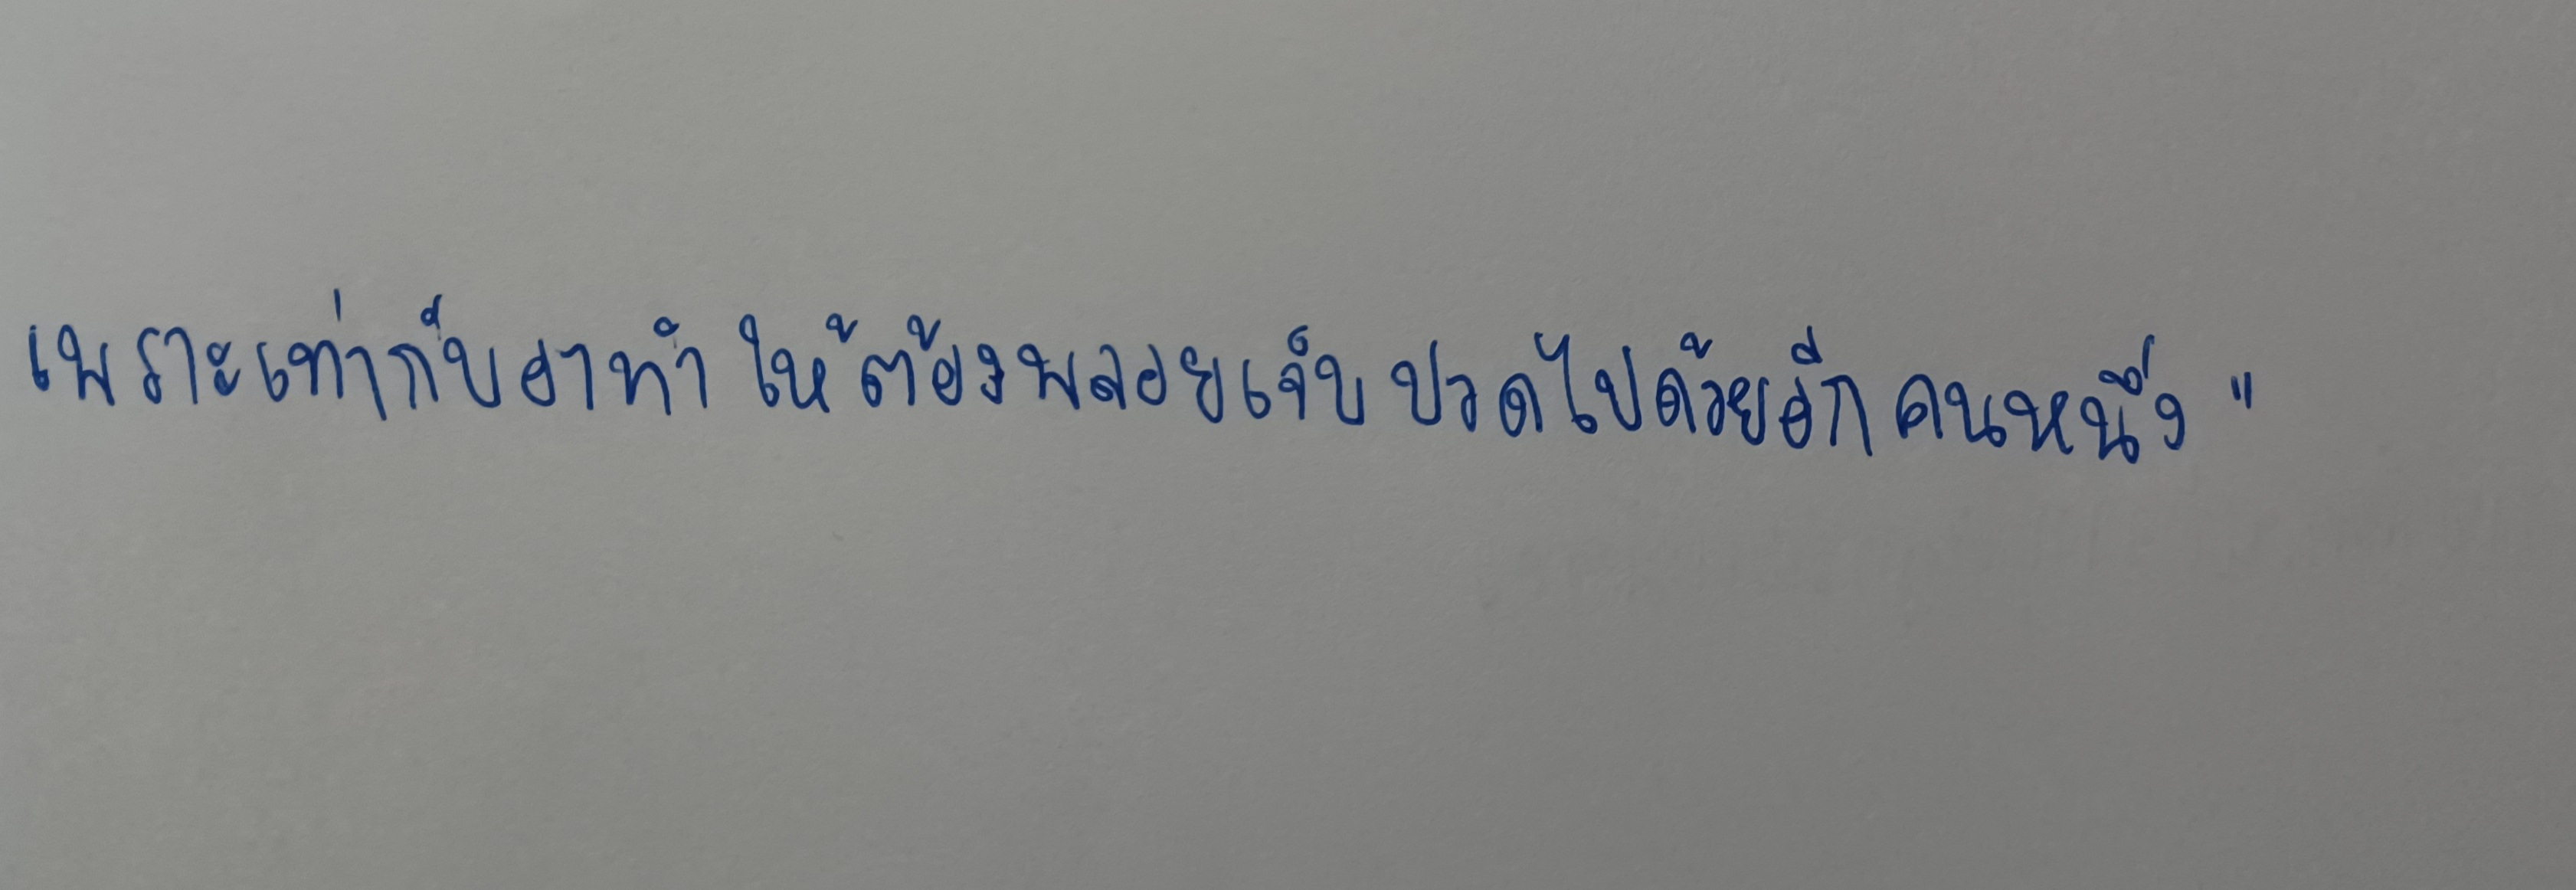
เพราะเท่ากับอาทำให้ต้องพลอยเจ็บปวดไปด้วยอีกคนหนึ่ง"